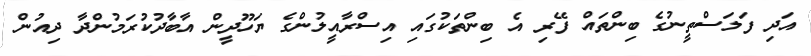
އަދި ފަލަސްތީނުގެ ބިންތައް ފޭރި އެ ބިންތަކުގައި އިސްރާއީލުންގެ ޔަހޫދީން އާބާދުކުރަމުންދާ ދިއުން